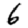
Digit: 6